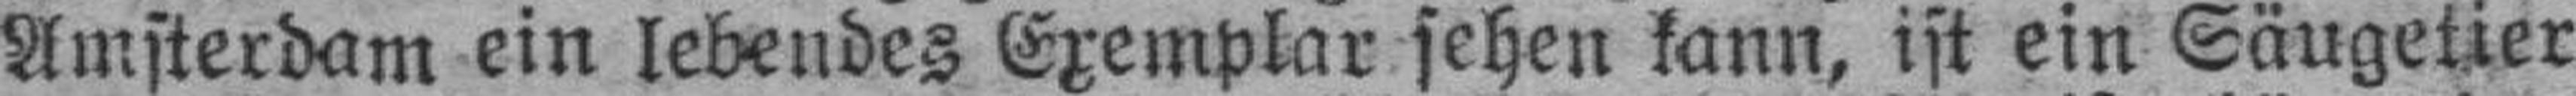
Amsterdam ein lebendes Exemplar sehen kann, ist ein Säugetier